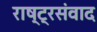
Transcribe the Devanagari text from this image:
राष्ट्रसंवाद